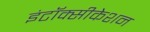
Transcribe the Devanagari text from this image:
इंटॉक्सीकेशन